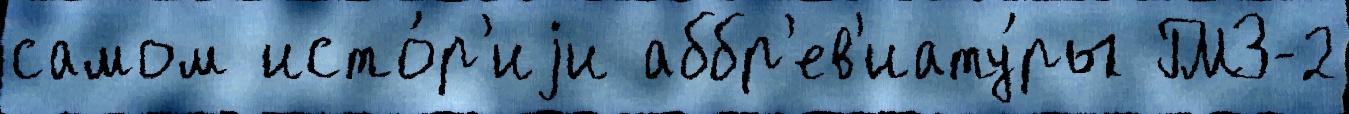
самом исто́р'иjи аббр'ев'иату́ры ГМЗ-2